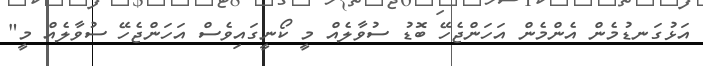
އަޅުގަނޑުމެން އެންމެން އަހަންޖެހޭ ބޮޑު ސުވާލެއް މީ ކޯނީގައިވެސް އަހަންޖެހޭ ސުވާލެއް މީ"